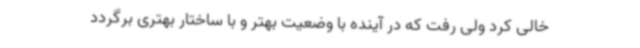
خالی کرد ولی رفت که در آینده با وضعیت بهتر و با ساختار بهتری برگردد